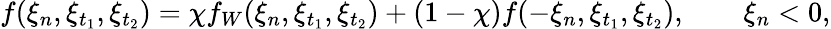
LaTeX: f(\xi_{n},\xi_{t_{1}},\xi_{t_{2}})=\chi f_{W}(\xi_{n},\xi_{t_{1}},\xi_{t_{2}})+(1-\chi)f(-\xi_{n},\xi_{t_{1}},\xi_{t_{2}}),\qquad\xi_{n}<0,